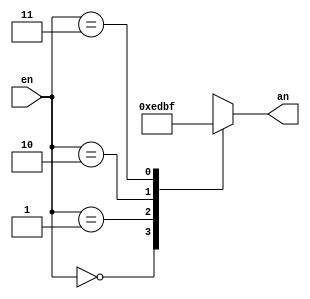





module Decoder(
	input [1:0] en,
	output reg [3:0] an
	);
	
	always @(en)
	begin
	case(en)
	0: an=4'b1110;
	1: an=4'b1101;
	2: an=4'b1011;
	3: an=4'b1111;
	endcase
	end

endmodule